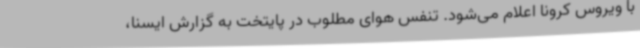
با ویروس کرونا اعلام می‌شود. تنفس هوای مطلوب در پایتخت به گزارش ایسنا،